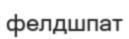
фелдшпат